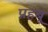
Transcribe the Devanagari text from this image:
प्रहबू